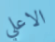
الاعلي